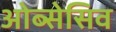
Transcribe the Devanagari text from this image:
ओब्सेसिव